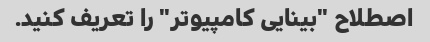
اصطلاح "بینایی کامپیوتر" را تعریف کنید.